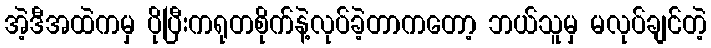
အဲ့ဒီအထဲကမှ ပိုပြီးကရုတစိုက်နဲ့လုပ်ခဲ့တာကတော့ ဘယ်သူမှ မလုပ်ချင်တဲ့